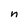
Character: n